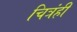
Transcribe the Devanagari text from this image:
चित्रंही